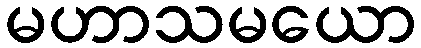
မဟာသမယော